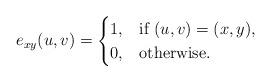
LaTeX: \begin{align*}e_{xy}(u,v)= \begin{cases} 1, & \mbox{if }(u,v)=(x,y),\\ 0, & \mbox{otherwise}. \end{cases}\end{align*}